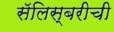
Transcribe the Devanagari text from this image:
सॅलिस्बरीची